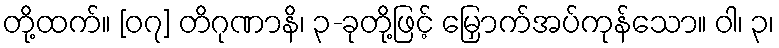
တို့ထက်။ [၀၇] တိဂုဏာနိ၊ ၃-ခုတို့ဖြင့် မြှောက်အပ်ကုန်သော။ ဝါ၊ ၃၊